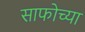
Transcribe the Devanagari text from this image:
साफोच्या